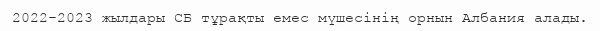
2022-2023 жылдары СБ тұрақты емес мүшесінің орнын Албания алады.